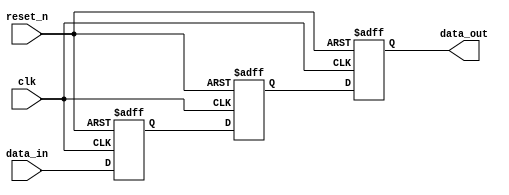
module meta_stability_filter (
    input wire clk,          // Clock signal
    input wire reset_n,     // Active low asynchronous reset
    input wire data_in,     // Input signal (asynchronous)
    output reg data_out     // Filtered output signal (synchronized)
);

    // Internal signals for the two flip-flops
    reg ff1, ff2;

    // Double flip-flop synchronizer
    always @(posedge clk or negedge reset_n) begin
        if (!reset_n) begin
            ff1 <= 1'b0;      // Initialize ff1 to 0 on reset
            ff2 <= 1'b0;      // Initialize ff2 to 0 on reset
            data_out <= 1'b0; // Initialize data_out to 0 on reset
        end else begin
            ff1 <= data_in;   // Sample data_in on the rising edge of clk
            ff2 <= ff1;       // Sample ff1 on the next rising edge of clk
            data_out <= ff2;  // Output the value of ff2
        end
    end

endmodule